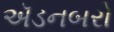
ઍડનબરો